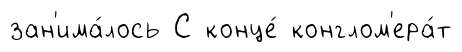
зан'има́лось С конце́ конглом'ера́т